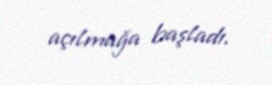
açılmağa başladı.